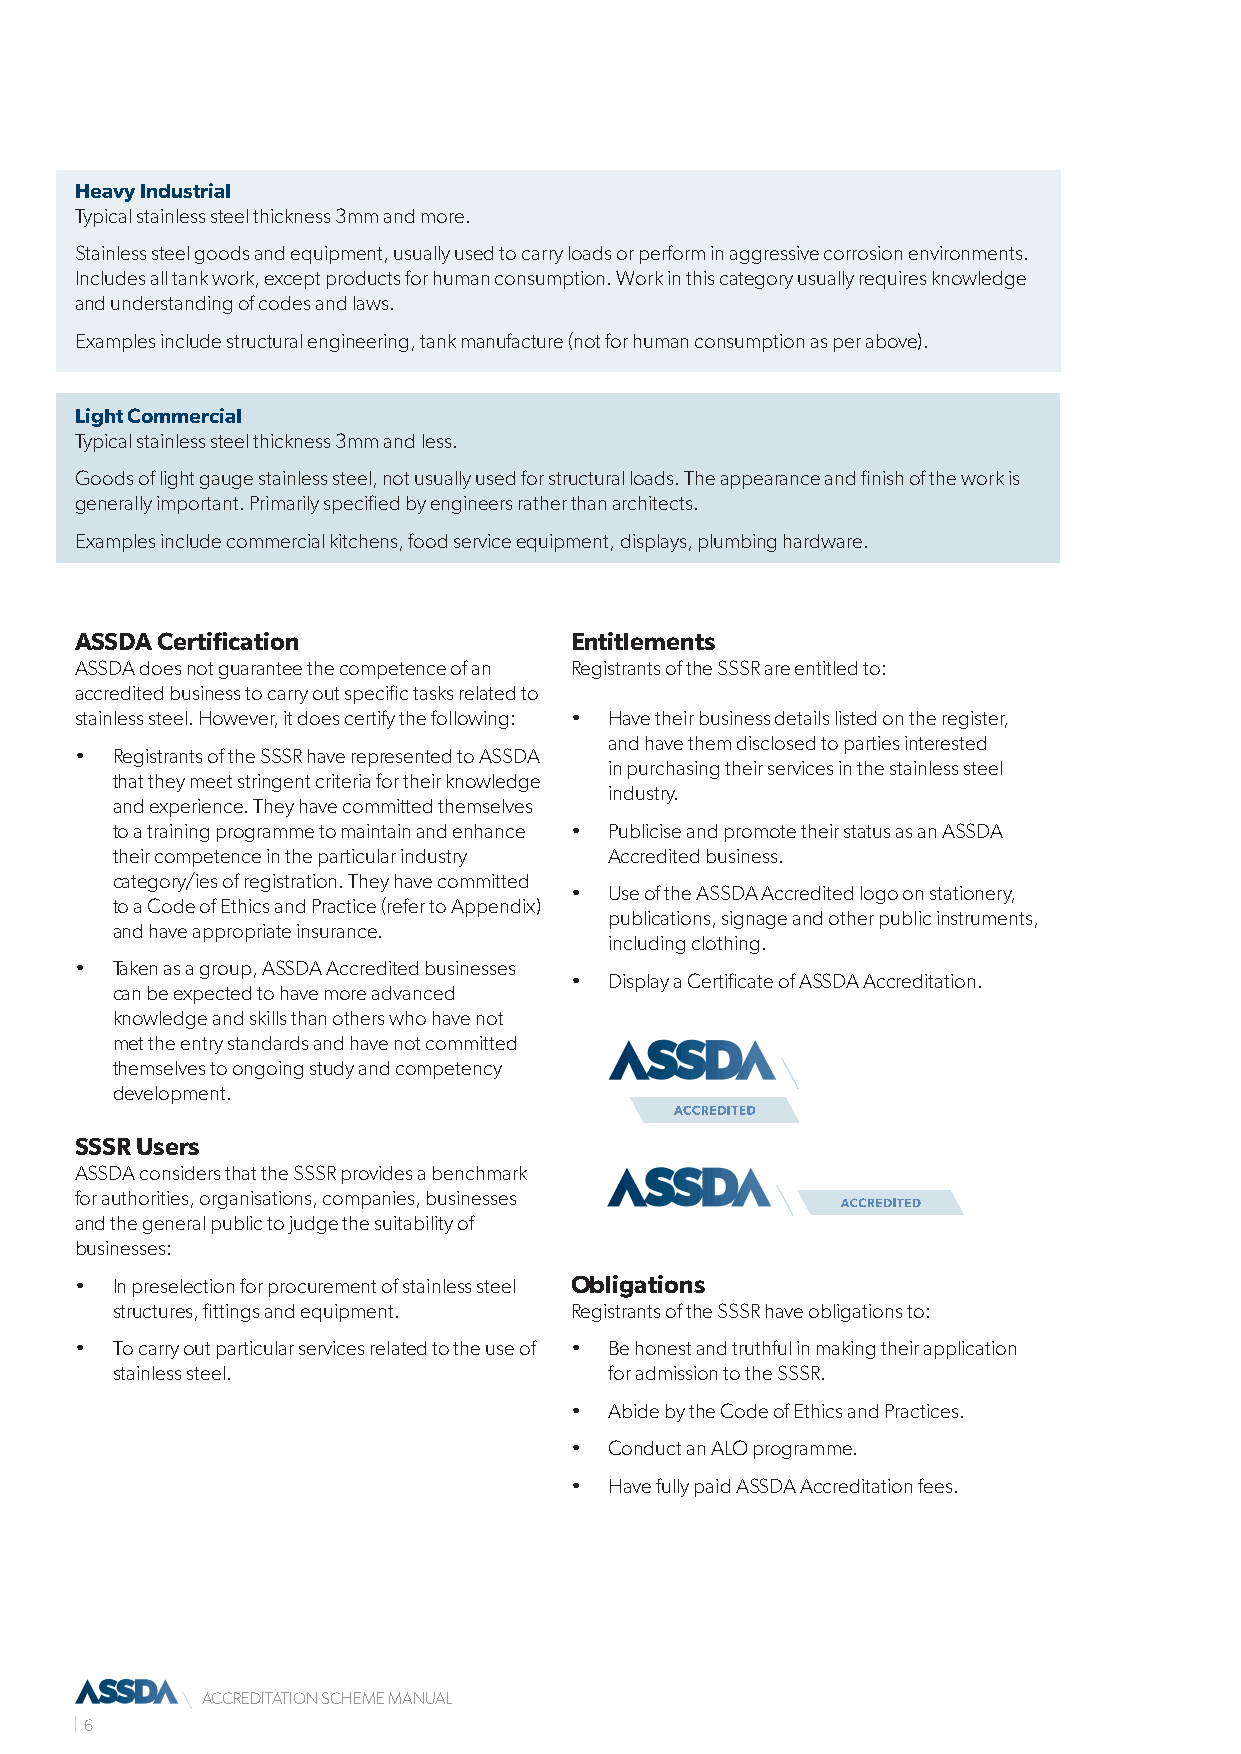
Heavy Industrial
 Typical stainless steel thickness 3mm and more.
 Stainless steel goods and equipment, usually used to carry loads or perform in aggressive corrosion environments.
 Includes all tank work, except products for human consumption. Work in this category usually requires knowledge
 and understanding of codes and laws.
 Examples include structural engineering, tank manufacture (not for human consumption as per above).
 Light Commercial
 Typical stainless steel thickness 3mm and less.
 Goods of light gauge stainless steel, not usually used for structural loads. The appearance and finish of the work is
 generally important. Primarily specified by engineers rather than architects.
 Examples include commercial kitchens, food service equipment, displays, plumbing hardware.
 ASSDA Certification              Entitlements
 ASSDA does not guarantee the competence of an Registrants of the SSSR are entitled to:
 accredited business to carry out specific tasks related to
 stainless steel. However, it does certify the following: • Have their business details listed on the register,
 and have them disclosed to parties interested
 • Registrants of the SSSR have represented to ASSDA
 in purchasing their services in the stainless steel
 that they meet stringent criteria for their knowledge
 industry.
 and experience. They have committed themselves
 to a training programme to maintain and enhance • Publicise and promote their status as an ASSDA
 their competence in the particular industry Accredited business.
 category/ies of registration. They have committed
 • Use of the ASSDA Accredited logo on stationery,
 to a Code of Ethics and Practice (refer to Appendix)
 publications, signage and other public instruments,
 and have appropriate insurance.
 including clothing.
 • Taken as a group, ASSDA Accredited businesses
 • Display a Certificate of ASSDA Accreditation.
 can be expected to have more advanced
 knowledge and skills than others who have not
 met the entry standards and have not committed
 themselves to ongoing study and competency
 development.
 SSSR Users
 ASSDA considers that the SSSR provides a benchmark
 for authorities, organisations, companies, businesses
 and the general public to judge the suitability of
 businesses:
 • In preselection for procurement of stainless steel Obligations
 structures, fittings and equipment. Registrants of the SSSR have obligations to:
 • To carry out particular services related to the use of • Be honest and truthful in making their application
 stainless steel.                 for admission to the SSSR.
 • Abide by the Code of Ethics and Practices.
 • Conduct an ALO programme.
 • Have fully paid ASSDA Accreditation fees.
 ACCREDITATION SCHEME MANUAL
 6